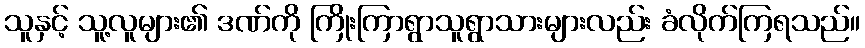
သူနှင့် သူ့လူများ၏ ဒဏ်ကို ကြိုးကြာရွာသူရွာသားများလည်း ခံလိုက်ကြရသည်။